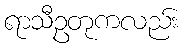
ရာသီဥတုကလည်း